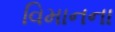
વિમાનના